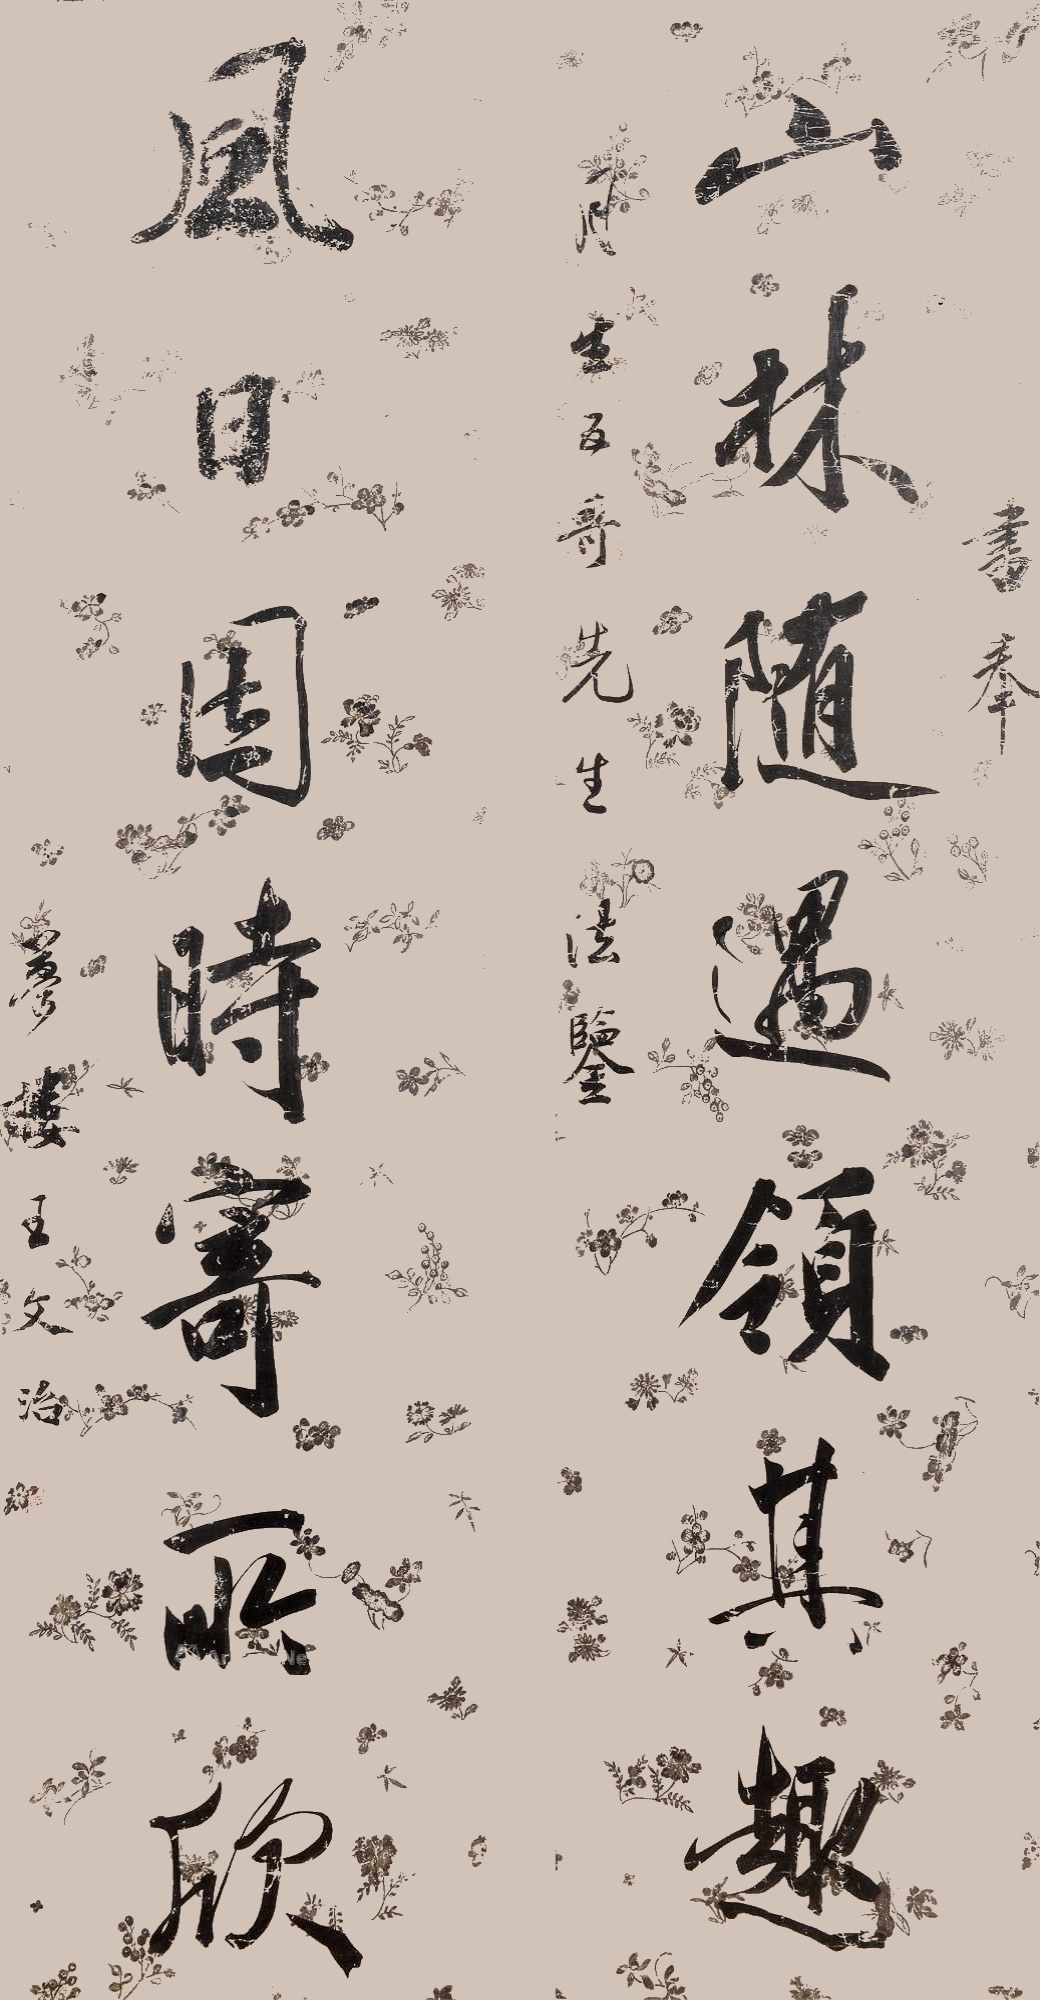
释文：山林随遇领其趣，风日因时寄所欣。书奉。月生五哥先生法鉴。梦楼王文治。